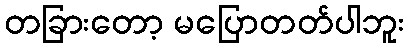
တခြားတော့ မပြောတတ်ပါဘူး